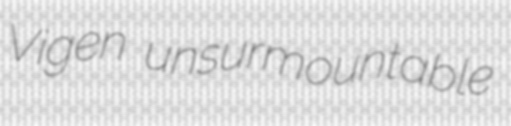
Vigen unsurmountable